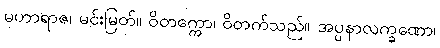
မဟာရာဇ၊ မင်းမြတ်။ ဝိတက္ကော၊ ဝိတက်သည်။ အပ္ပနာလက္ခဏော၊